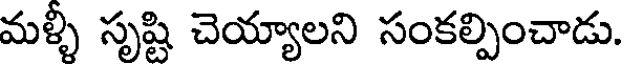
మళ్ళీ సృష్టి చెయ్యాలని సంకల్పించాడు.